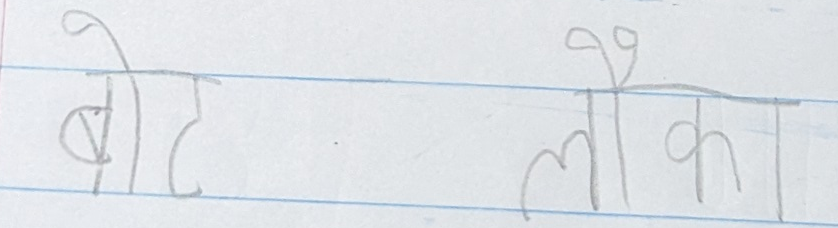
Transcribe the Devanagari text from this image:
बोट लौका